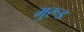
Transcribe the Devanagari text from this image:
मु्रूड